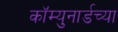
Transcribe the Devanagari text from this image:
कॉम्युनार्डच्या